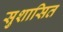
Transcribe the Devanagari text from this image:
सुशासित